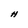
Character: H